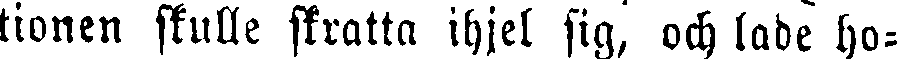
tionen skulle skratta ihjel sig, och lade ho-